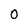
Character: 0